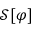
{ \mathcal { S } } [ \varphi ]